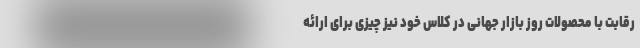
رقابت با محصولات روز بازار جهانی در کلاس خود نیز چیزی برای ارائه